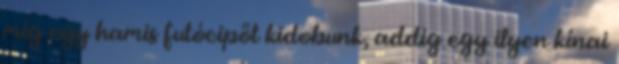
míg egy hamis futócipőt kidobunk, addig egy ilyen kínai